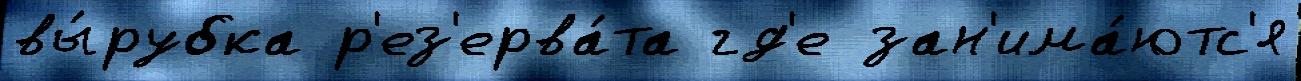
вы́рубка р'ез'ерва́та гд'е зан'има́ютс'я